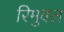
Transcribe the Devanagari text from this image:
रिमुवल